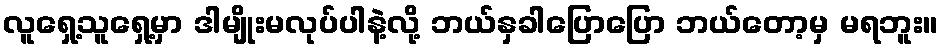
လူရှေ့သူရှေ့မှာ ဒါမျိုးမလုပ်ပါနဲ့လို့ ဘယ်နှခါပြောပြော ဘယ်တော့မှ မရဘူး။